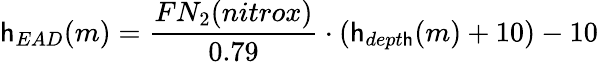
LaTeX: \mathsf{h}_{EAD}(m)={\frac{{FN_{2}(nitrox)}}{{0.79}}}\cdot(\mathsf{h}_{dept\mathsf{h}}(m)+10)-10